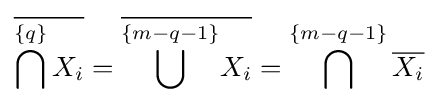
{\overline {\bigcap \limits ^{\{q\}}X_{i}}}={\overline {{\overset {\{m-q-1\}}{\bigcup }}X_{i}}}=\bigcap ^{\{m-q-1\}}{\overline {X_{i}}}